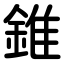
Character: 錐